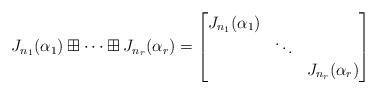
LaTeX: \begin{align*} J_{n_1}(\alpha_1)\boxplus\cdots\boxplus J_{n_r}(\alpha_r)= \begin{bmatrix} J_{n_1}(\alpha_1)& & \\ &\ddots& \\ & &J_{n_r}(\alpha_r) \end{bmatrix}\end{align*}